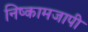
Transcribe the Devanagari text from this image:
निष्कामजापी